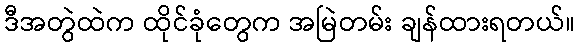
ဒီအတွဲထဲက ထိုင်ခုံတွေက အမြဲတမ်း ချန်ထားရတယ်။